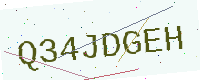
Text: Q34JDGEH